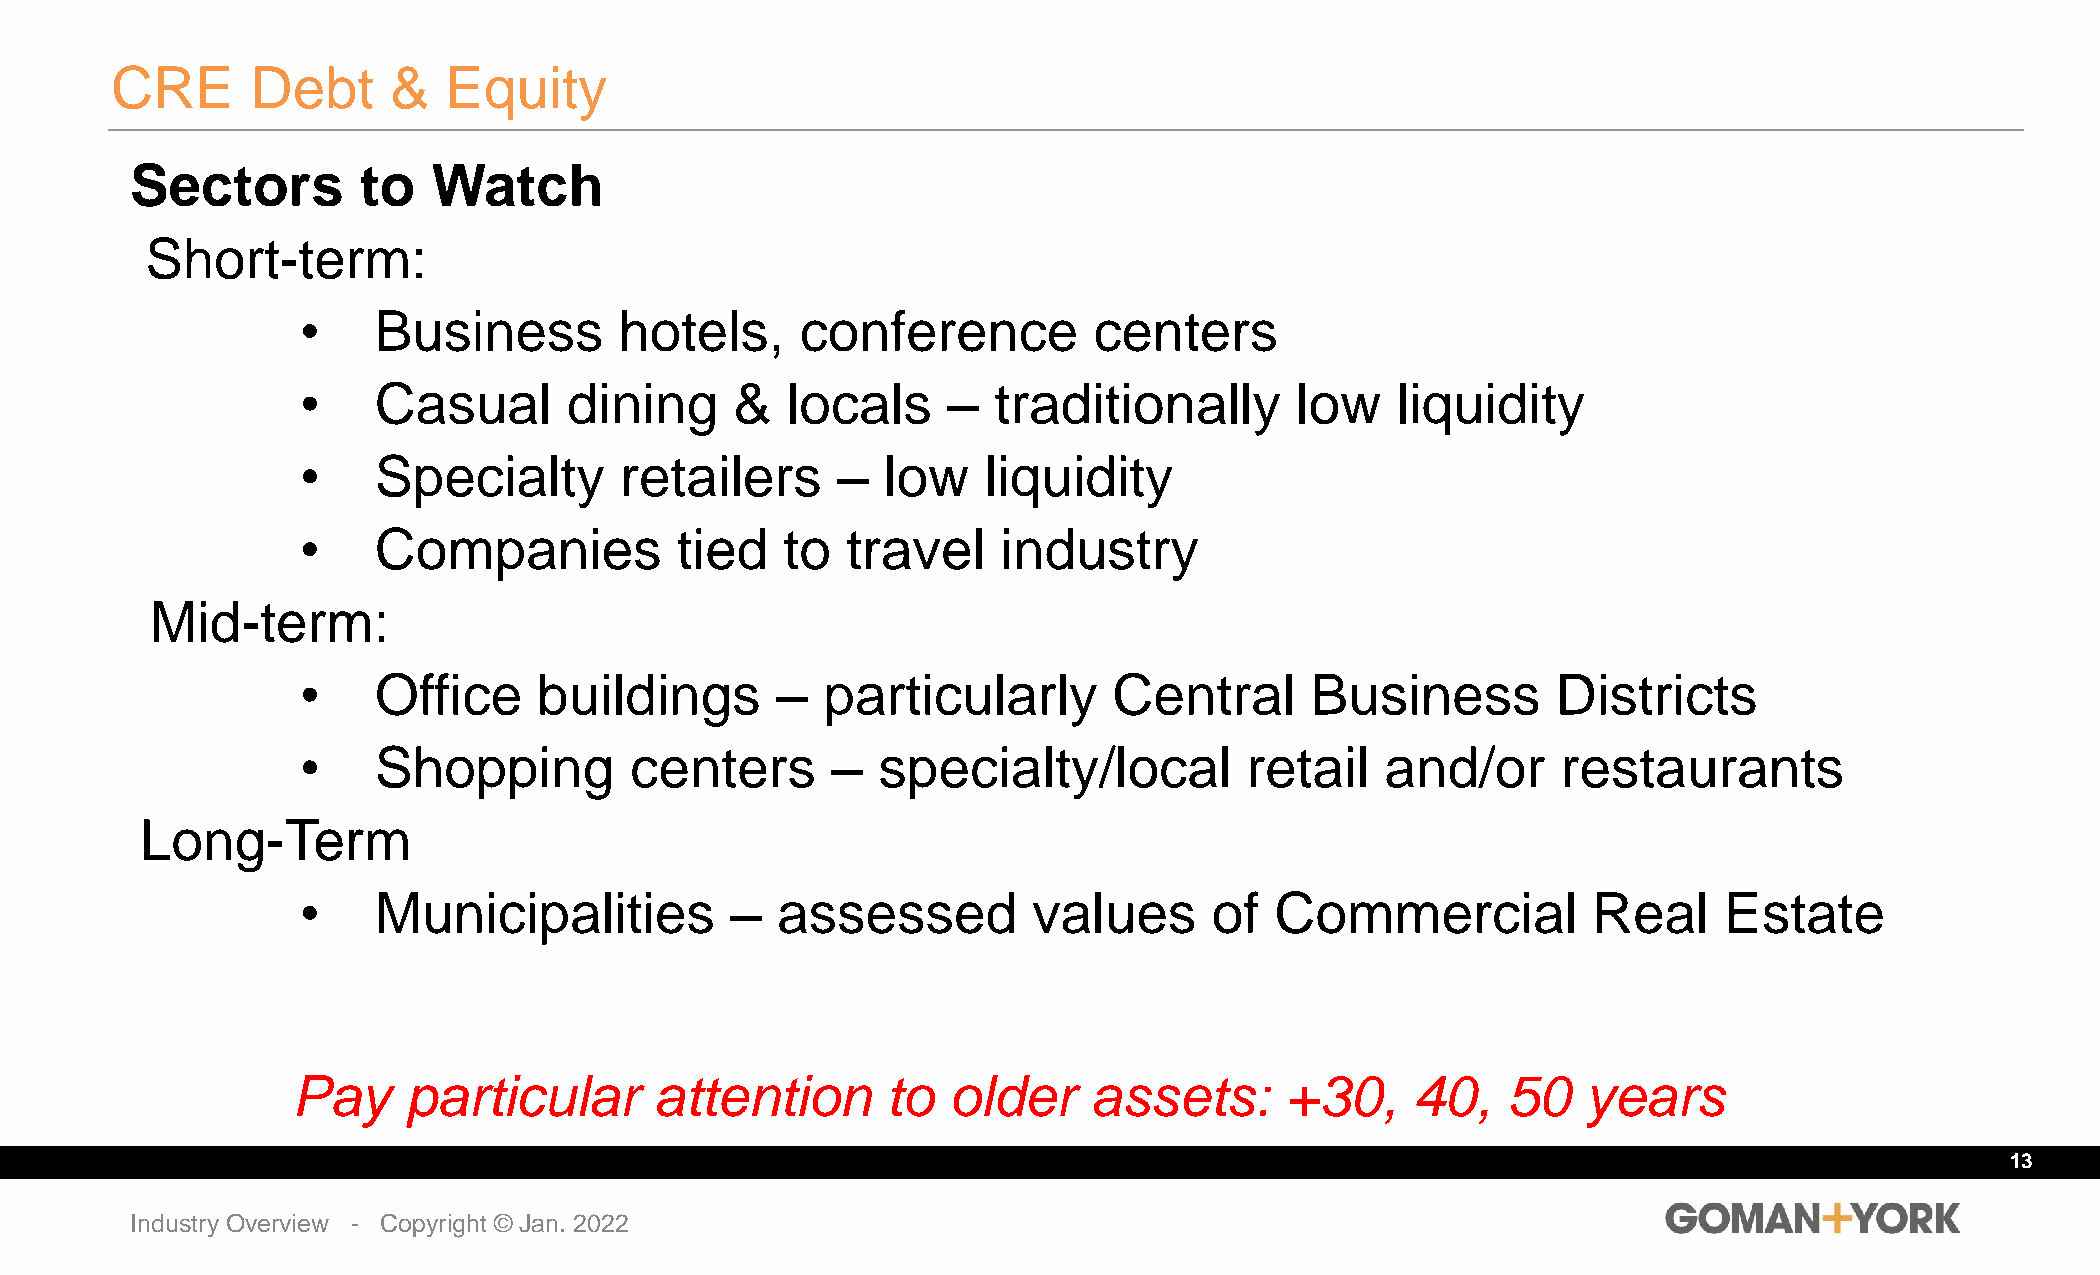
CRE       Debt     &  Equity
 Sectors        to   Watch
 Short-term:
 •    Business        hotels,     conference         centers
 •    Casual       dining     &  locals     –  traditionally       low   liquidity
 •    Specialty       retailers     –   low   liquidity
 •    Companies           tied   to  travel    industry
 Mid-term:
 •    Office     buildings      –   particularly       Central      Business        Districts
 •    Shopping         centers      –  specialty/local          retail   and/or     restaurants
 Long-Term
 •    Municipalities         –  assessed         values      of  Commercial           Real     Estate
 Pay     particular      attention       to  older    assets:      +30,     40,   50   years
 13
 Industry Overview - Copyright © Jan. 2022